Assam Mental Hospital (Tezpur, India) - 1933-1948
Year: 1933
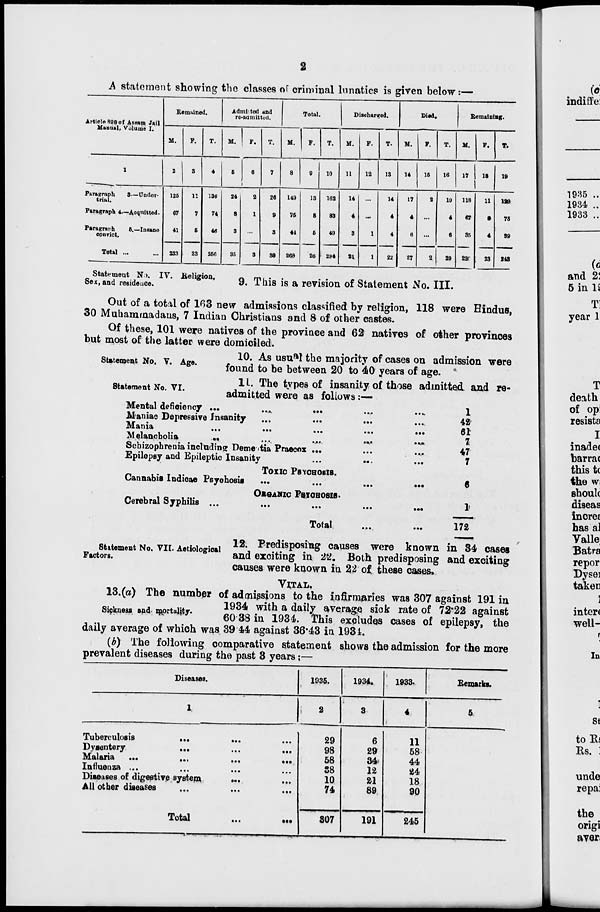
2
A statement showing the classes of criminal lunatics is given below :—
Article 898 of Assam Jail
Manual, Volume I.
1
Paragraph
3—Under-
trial.
Paragraph 4.—Acquitted.
Paragraph
5.—Insane
convict.
Total ...
Remained.
M.
2
125
67
41
233
F.
3
11
7
5
23
T.
4
136
74
46
256
Admitted and
re-admitted.
M.
5
24
8
3
35
F.
6
2
1
...
3
T.
7
26
9
3
38
Total.
M.
8
149
75
44
268
F.
9
13
8
5
26
T.
10
162
83
49
294
Discharged.
M.
11
14
4
3
21
F.
12
...
...
1
1
T.
13
14
4
4
22
Died.
M.
14
17
4
6
27
F.
15
2
...
...
2
T.
16
19
4
6
29
Remaining.
M.
17
118
67
35
220
F.
18
11
8
4
23
T.
19
129
75
39
243
Statement No. IV. Religion,
Sex, and residence.
9. This is a revision of Statement No. III.
Out of a total of 163 new admissions classified by religion, 118 were Hindus,
30 Muhammadans, 7 Indian Christians and 8 of other castes.
Of these, 101 were natives of the province and 62 natives of other provinces
but most of the latter were domiciled.
Statement No, V. Age.
10. As usual the majority of cases on admission were
found to be between 20 to 40 years of age.
Statement No. VI.
11. The types of insanity of those admitted and re-
admitted were as follows:—
Mental deficiency ...
...
...
...
...
Maniac Depressive Insanity ... ... ... ...
Mania
...
...
...
...
...
Melancholia
...
...
...
...
...
Schizophrenia including Dementia Praecox ... ... ...
Epilepsy and Epileptic Insanity
...
... ...
TOXIC PSYCHOSIS.
Cannabis Indicae Psychosis
...
...
...
...
ORGANIC PSYCHOSIS.
Cerebral Syphilis ... ... ... ... ...
Total
...
...
1
42
61
7
47
7
6
1
172
Statement No. VII. Aetiological
Factors.
12. Predisposing causes were known in 34 cases
and exciting in 22. Both predisposing and exciting
causes were known in 22 of these cases.
VITAL.
Sickness and mortality.
13.(a) The number of admissions to the infirmaries was 307 against 191 in
1934 with a daily average sick rate of 72.22 against
60.38 in 1934. This excludes cases of epilepsy, the
daily average of which was 39 44 against 36.43 in 1934.
(b) The following comparative statement shows the admission for the more
prevalent diseases during the past 3 years :—
Diseases.
1
Tuberculosis
... ... ...
Dysentery
... ... ...
Malaria ...
...
...
...
Influenza ...
...
... ...
Diseases of digestive system
... ...
All other diseases ... ... ...
Total
...
...
1935.
2
29
98
58
38
10
74
307
1934.
3
6
29
34
12
21
89
191
1933.
4
11
58
44
24
18
90
245
Remarks.
5